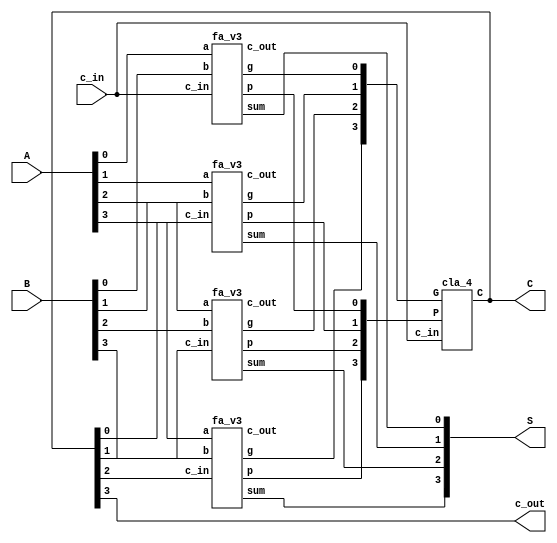
//Sumador de 4 bits con prediccion de acarreo, se obtienen tambien los acarreos para comprobarlos
module sum4(output wire[3:0] S, output wire[4:1] C, output wire c_out, input wire[3:0] A, input wire[3:0] B, input wire c_in);
//contenido
wire c1, c2, c3, c4;
//wire[4:1] C;
cla_4 cla(C[4:1], {g3, g2, g1, g0}, {p3, p2, p1, p0}, c_in);
fa_v3 fa0(S[0], c1, p0, g0, A[0], B[0], c_in);
fa_v3 fa1(S[1], c2, p1, g1, A[1], B[1], C[1]);
fa_v3 fa2(S[2], c3, p2, g2, A[2], B[2], C[2]);
fa_v3 fa3(S[3], c4, p3, g3, A[3], B[3], C[3]);
assign c_out = C[4];
endmodule

//Sumador completo (full-adder) de tres entradas de 1 bit realizado a partir de semisumadores con retardo y salidas p y g
module fa_v3(output wire sum, output wire c_out, output wire p, output wire g, input wire a, input wire b, input wire c_in);
//Declaracin de conexiones internas:
wire sum_par, carry1, carry2;   //la suma parcial antes de sumar acarreo de entrada y los acarreos de los dos semisumadores
//Estructura interna: Instancias de puertas y sus conexiones 
ha_vr ha1(sum_par, carry1, a,    b     );  //Suma a y b y produce suma y acarreo parciales
ha_vr ha2(sum,     carry2, c_in, sum_par);  //Suma a la suma parcial anterior el acarreo de fuera y obtiene la suma de salida
or or1(c_out, carry1, carry2); //Realiza la OR entre los acarreos de los semisumadores para dar el de salida, la salida sera instantnea respecto a las entradas
or or2(p, a, b); //genera la p, seal de propagacin de acarreo previo
and and1(g, a, b); //genera la g, seal de generacin de acarreo en la etapa actual
endmodule

//Semisumador de dos entradas de 1 bit realizado a partir de puertas
module ha_vr(output wire sum, carry, input wire a, b);
//Estructura interna: Instancias de puertas y sus conexiones, se incluyen retardos
xor #1 xor1(sum, a, b); //el retardo va entre el nombre del modulo (solo modulos primitivos) y el de la instancia
and #1 and1(carry, a, b);
endmodule

//Bloque de prediccin de acarreo de 4 bits en funcin de las variables pi y gi de cada bit
module cla_4(output wire[4:1] C, input wire[3:0] G, input wire[3:0] P, input wire c_in);
assign C[1] = G[0] | (P[0] & c_in);
assign C[2] = G[1] | (P[1] & G[0]) | (P[1] & P[0] & c_in);
assign C[3] = G[2] | (P[2] & G[1]) | (P[2] & P[1] & G[0]) | (P[2] & P[1] & P[0] & c_in);
assign C[4] = G[3] | (P[3] & G[2]) | (P[3] & P[2] & G[1]) | (P[3] & P[2] & P[1] & G[0]) | (P[3] & P[2] & P[1] & P[0] & c_in);
endmodule